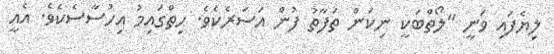
ލިޔެފައި ވަނީ "ލޯތްބަކީ ނިކަން ތަފާތު ފުން އަސަރެކެވެ. ހިތްގައިމު އިހުސާސެކެވެ. އެއީ